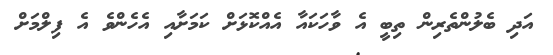
އަދި ބެލުންތެރިން ތިބީ އެ ވާހަކައާ އެއްކޮޅަށް ކަމަށާއި އެހެންވެ އެ ފިލްމަށް